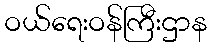
ဝယ်ရေးဝန်ကြီးဌာန